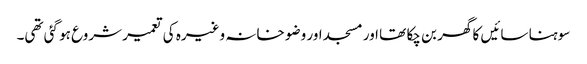
سوہنا سائیں کا گھر بن چکا تھا اور مسجد اور وضو خانہ وغیرہ کی تعمیر شروع ہو گئی تھی۔